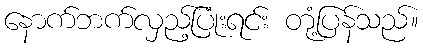
နောက်ဘက်လှည့်ပြုံးရင်း တုံ့ပြန်သည်။